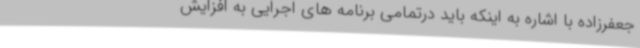
جعفرزاده با اشاره به اینکه باید درتمامی برنامه های اجرایی به افزایش